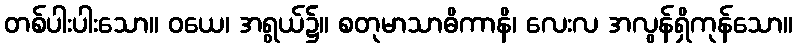
တစ်ပါးပါးသော။ ဝယေ၊ အရွယ်၌။ စတုမာသာဓိကာနိ၊ လေးလ အလွန်ရှိကုန်သော။